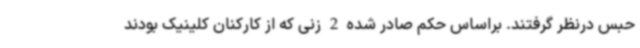
حبس درنظر گرفتند. براساس حکم صادر شده 2 زنی که از کارکنان کلینیک بودند